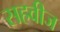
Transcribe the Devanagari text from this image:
सहवीज